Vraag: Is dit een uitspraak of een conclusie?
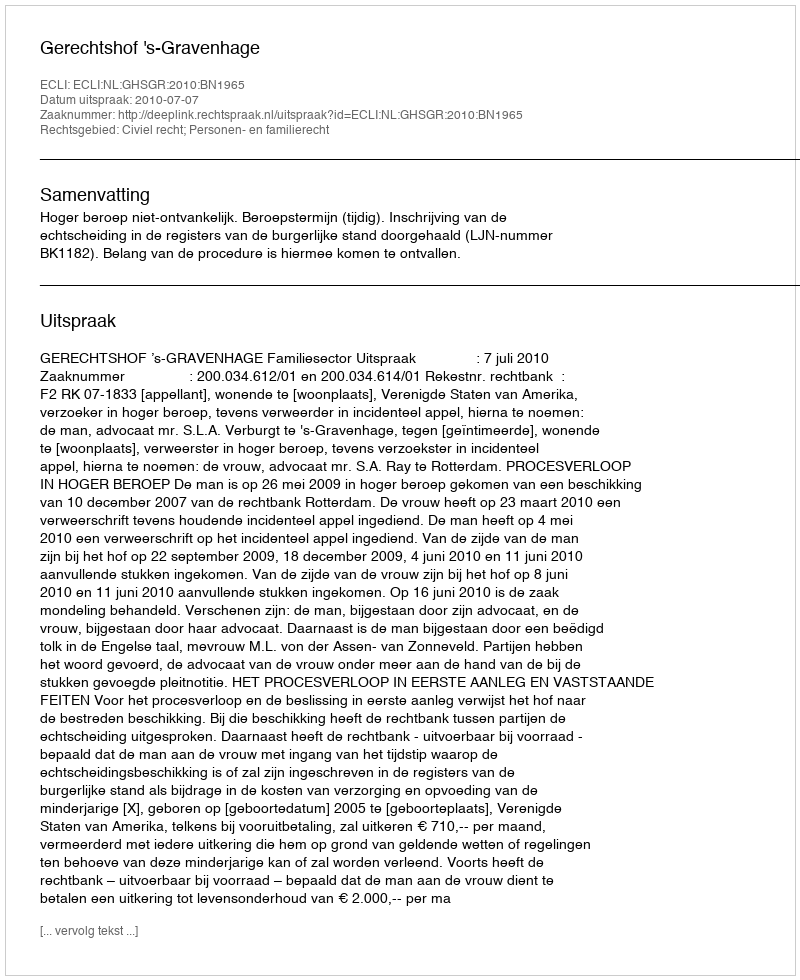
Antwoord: Uitspraak